Lunatic asylums Punjab 1868-1880 - 1868-1880
Year: 1868
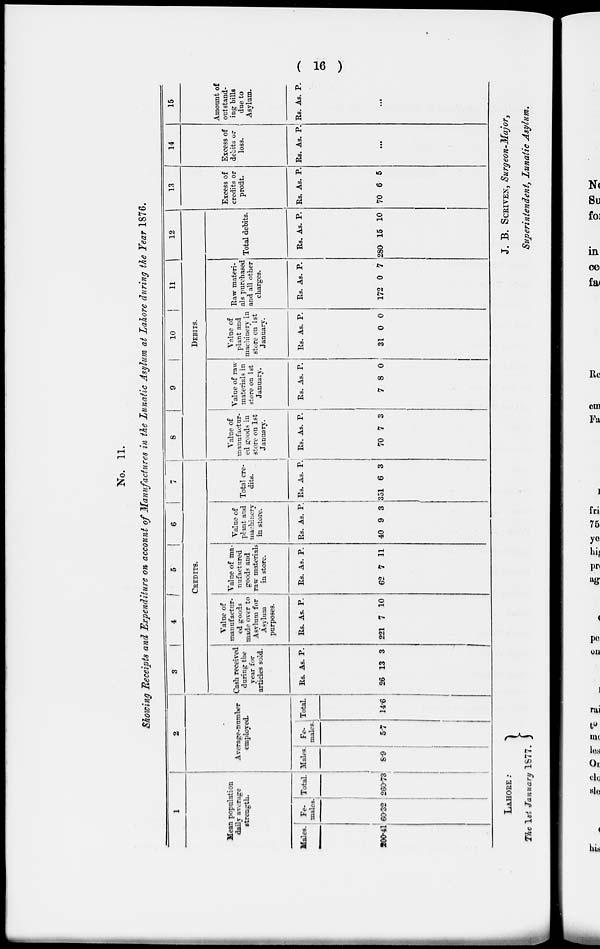
( 16 )
No. 11.
Showing Receipts and Expenditure on account of Manufactures in the Lunatic Asylum at Lahore during the Year 1876.
1
Mean population
daily average
strength.
Males.
200.41
Fe-
males.
60.32
Total.
260.73
2
Average-number
employed.
Males.
8.9
Fe-
males.
5.7
Total.
14.6
3
4 5
6
7
CREDITS.
Cash received
daring the
year for
articles sold.
Rs.
26
As.
13
P.
3
Value of
manufactur-
ed goods
made over to
Asylum for
Asylum
purposes.
Rs.
221
As.
7
P.
10
Value of ma-
nufactured
goods and
raw materials
in store.
Rs.
62
As.
7
P.
11
Value of
plant and
machinery
in store.
Rs.
40
As.
9
P.
3
Total cre-
dits.
Rs.
351
As.
6
P.
3
8
9
10
11
12
DEBITS.
Value of
manufactur-
ed goods in
store on 1st
January.
Rs.
70
As.
7
P.
3
Value of raw
materials in
store on 1st
January.
Rs.
7
As.
8
P.
0
Value of
plant and
machinery in
store on 1st
January.
Rs.
31
As.
0
P.
0
Raw materi-
als purchased
and all other
charges.
Rs.
172
As.
0
P.
7
Total debits.
Rs.
280
As.
15
P.
10
13
Excess of
credits or
profit.
Rs.
70
As.
6
P.
5
14
Excess of
debits or
loss.
Rs. As. P.
...
15
Amount of
outstand-
ing bills
due to
Asylum.
Rs. As. P.
...
LAHORE :
The lst January 1877.
J. B. SCRIVEN, Surgeon-Major,
Superintendent, Lunatic Asylum.